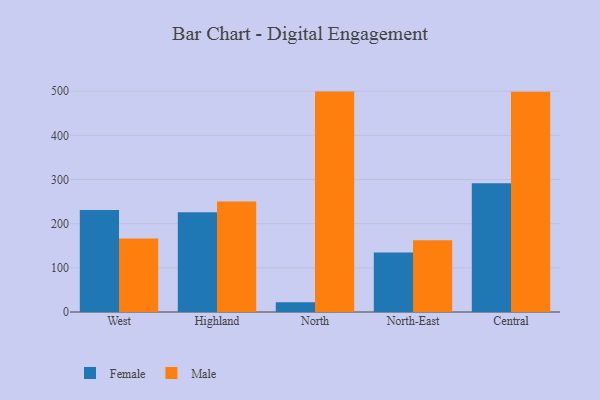
{"axis": {"x": "Region", "y": "Market Share (%)"}, "legend": ["Female", "Male"], "data": [{"x": "West", "y": 230.9, "type": "Female"}, {"x": "West", "y": 166.2, "type": "Male"}, {"x": "Highland", "y": 225.8, "type": "Female"}, {"x": "Highland", "y": 250.1, "type": "Male"}, {"x": "North", "y": 21.8, "type": "Female"}, {"x": "North", "y": 499.1, "type": "Male"}, {"x": "North-East", "y": 134.6, "type": "Female"}, {"x": "North-East", "y": 162.2, "type": "Male"}, {"x": "Central", "y": 291.3, "type": "Female"}, {"x": "Central", "y": 498.7, "type": "Male"}]}